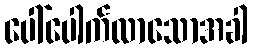
ပေါ်ပေါက်လာသောအခါ